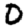
Digit: 0